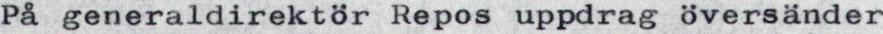
På generaldirektör Repos uppdrag översänder